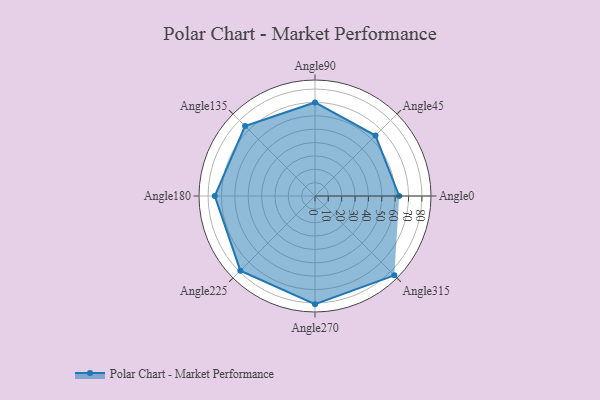
{"axis": {"x": "Angle", "y": "Radius"}, "legend": [""], "data": [{"x": "Angle0", "y": 63.0, "type": ""}, {"x": "Angle45", "y": 64.0, "type": ""}, {"x": "Angle90", "y": 70.0, "type": ""}, {"x": "Angle135", "y": 74.0, "type": ""}, {"x": "Angle180", "y": 75.0, "type": ""}, {"x": "Angle225", "y": 79.0, "type": ""}, {"x": "Angle270", "y": 81.0, "type": ""}, {"x": "Angle315", "y": 84.0, "type": ""}]}